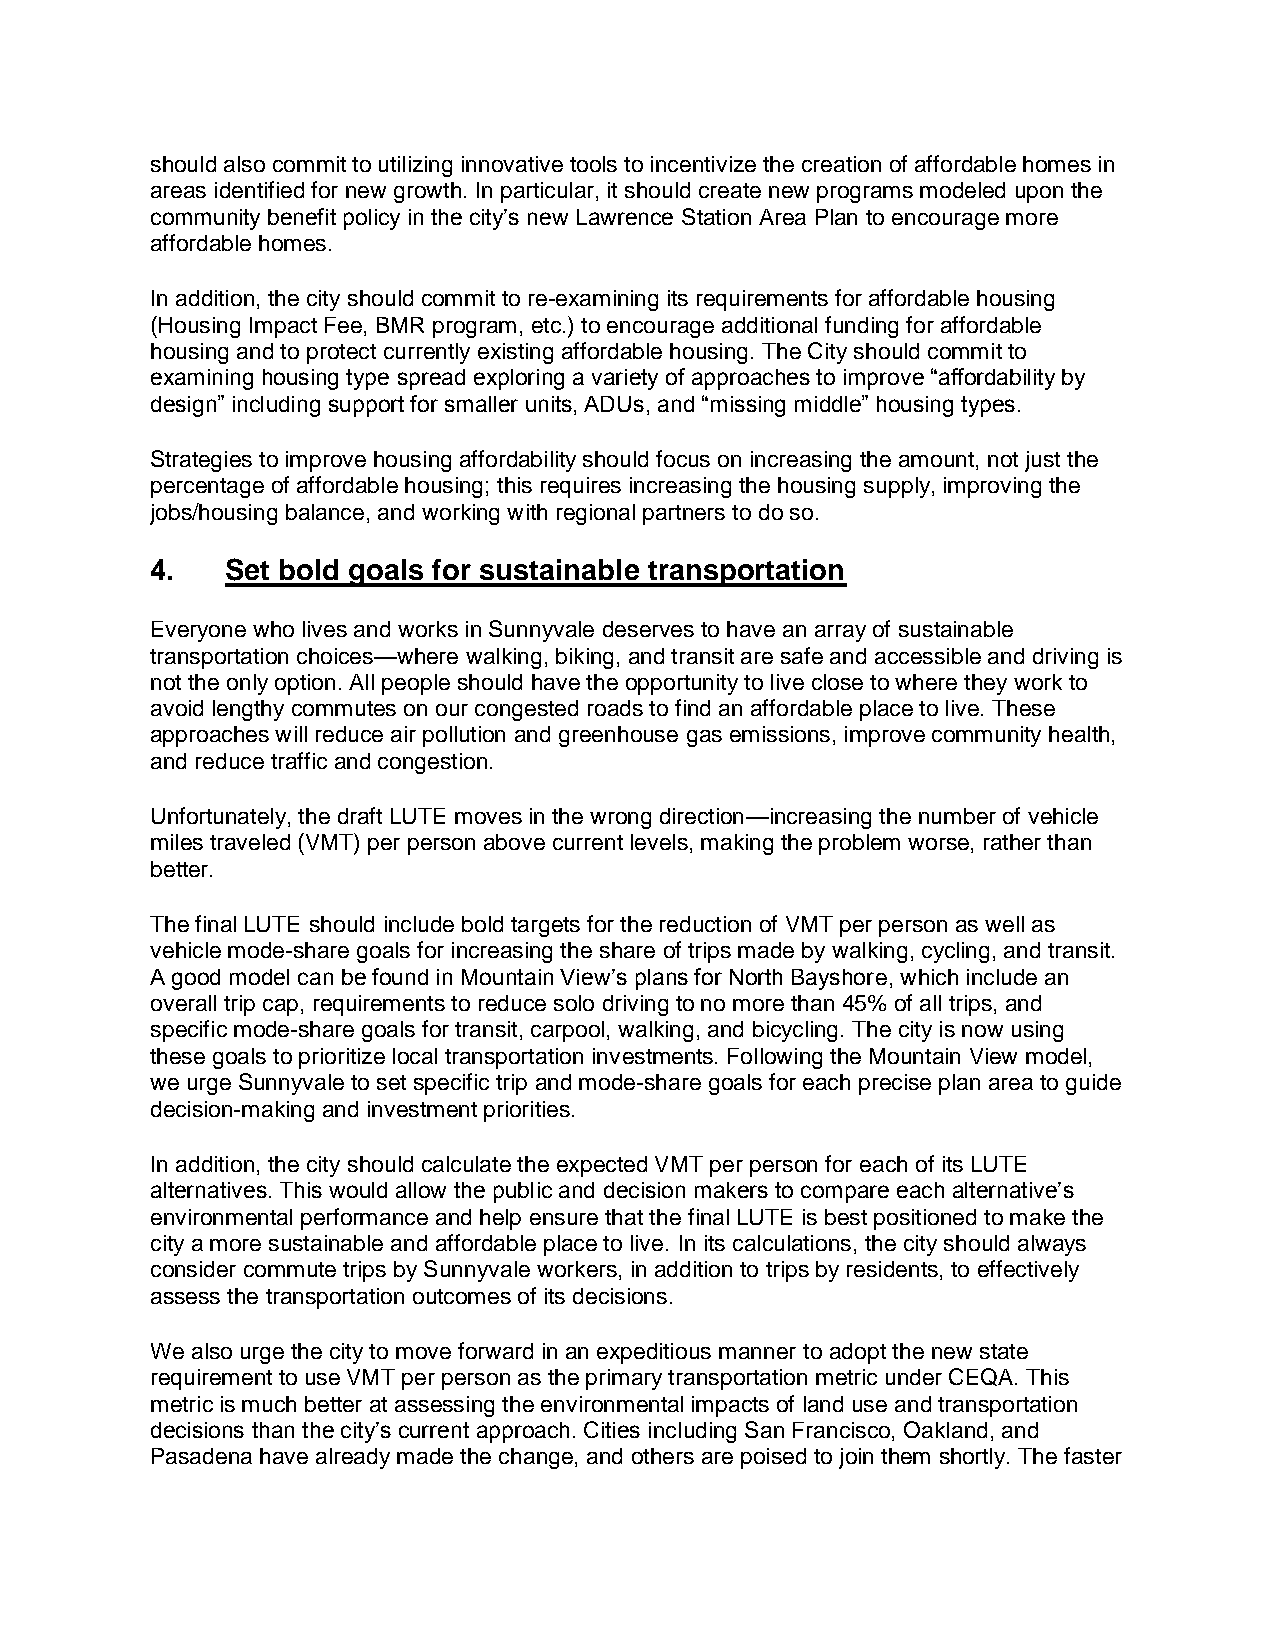
should also commit to utilizing innovative tools to incentivize the creation of affordable homes in
 areas identified for new growth. In particular, it should create new programs modeled upon the
 community benefit policy in the city’s new Lawrence Station Area Plan to encourage more
 affordable homes.
 In addition, the city should commit to re-examining its requirements for affordable housing
 (Housing Impact Fee, BMR program, etc.) to encourage additional funding for affordable
 housing and to protect currently existing affordable housing. The City should commit to
 examining housing type spread exploring a variety of approaches to improve “affordability by
 design” including support for smaller units, ADUs, and “missing middle” housing types.
 Strategies to improve housing affordability should focus on increasing the amount, not just the
 percentage of affordable housing; this requires increasing the housing supply, improving the
 jobs/housing balance, and working with regional partners to do so.
 4.   Set bold goals for sustainable transportation
 Everyone who lives and works in Sunnyvale deserves to have an array of sustainable
 transportation choices—where walking, biking, and transit are safe and accessible and driving is
 not the only option. All people should have the opportunity to live close to where they work to
 avoid lengthy commutes on our congested roads to find an affordable place to live. These
 approaches will reduce air pollution and greenhouse gas emissions, improve community health,
 and reduce traffic and congestion.
 Unfortunately, the draft LUTE moves in the wrong direction—increasing the number of vehicle
 miles traveled (VMT) per person above current levels, making the problem worse, rather than
 better.
 The final LUTE should include bold targets for the reduction of VMT per person as well as
 vehicle mode-share goals for increasing the share of trips made by walking, cycling, and transit.
 A good model can be found in Mountain View’s plans for North Bayshore, which include an
 overall trip cap, requirements to reduce solo driving to no more than 45% of all trips, and
 specific mode-share goals for transit, carpool, walking, and bicycling. The city is now using
 these goals to prioritize local transportation investments. Following the Mountain View model,
 we urge Sunnyvale to set specific trip and mode-share goals for each precise plan area to guide
 decision-making and investment priorities.
 In addition, the city should calculate the expected VMT per person for each of its LUTE
 alternatives. This would allow the public and decision makers to compare each alternative’s
 environmental performance and help ensure that the final LUTE is best positioned to make the
 city a more sustainable and affordable place to live. In its calculations, the city should always
 consider commute trips by Sunnyvale workers, in addition to trips by residents, to effectively
 assess the transportation outcomes of its decisions.
 We also urge the city to move forward in an expeditious manner to adopt the new state
 requirement to use VMT per person as the primary transportation metric under CEQA. This
 metric is much better at assessing the environmental impacts of land use and transportation
 decisions than the city’s current approach. Cities including San Francisco, Oakland, and
 Pasadena have already made the change, and others are poised to join them shortly. The faster